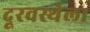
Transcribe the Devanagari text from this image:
दूरवस्थेला